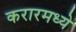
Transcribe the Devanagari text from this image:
करारमध्ये